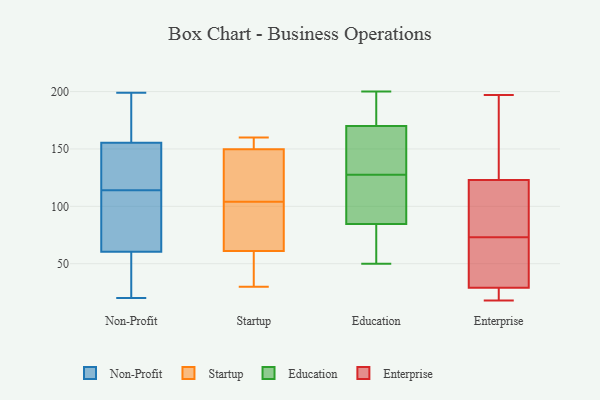
{"axis": {"x": "Bounce Rate (%)", "y": "Value"}, "legend": ["Education", "Enterprise", "Non-Profit", "Startup"], "data": [{"x": "", "y": 97, "type": "Non-Profit"}, {"x": "", "y": 133, "type": "Non-Profit"}, {"x": "", "y": 199, "type": "Non-Profit"}, {"x": "", "y": 134, "type": "Non-Profit"}, {"x": "", "y": 169, "type": "Non-Profit"}, {"x": "", "y": 181, "type": "Non-Profit"}, {"x": "", "y": 151, "type": "Non-Profit"}, {"x": "", "y": 20, "type": "Non-Profit"}, {"x": "", "y": 97, "type": "Non-Profit"}, {"x": "", "y": 187, "type": "Non-Profit"}, {"x": "", "y": 47, "type": "Non-Profit"}, {"x": "", "y": 114, "type": "Non-Profit"}, {"x": "", "y": 65, "type": "Non-Profit"}, {"x": "", "y": 80, "type": "Non-Profit"}, {"x": "", "y": 36, "type": "Non-Profit"}, {"x": "", "y": 126, "type": "Non-Profit"}, {"x": "", "y": 36, "type": "Non-Profit"}, {"x": "", "y": 107, "type": "Startup"}, {"x": "", "y": 39, "type": "Startup"}, {"x": "", "y": 151, "type": "Startup"}, {"x": "", "y": 158, "type": "Startup"}, {"x": "", "y": 79, "type": "Startup"}, {"x": "", "y": 160, "type": "Startup"}, {"x": "", "y": 55, "type": "Startup"}, {"x": "", "y": 97, "type": "Startup"}, {"x": "", "y": 146, "type": "Startup"}, {"x": "", "y": 104, "type": "Startup"}, {"x": "", "y": 30, "type": "Startup"}, {"x": "", "y": 167, "type": "Education"}, {"x": "", "y": 134, "type": "Education"}, {"x": "", "y": 54, "type": "Education"}, {"x": "", "y": 170, "type": "Education"}, {"x": "", "y": 121, "type": "Education"}, {"x": "", "y": 164, "type": "Education"}, {"x": "", "y": 193, "type": "Education"}, {"x": "", "y": 69, "type": "Education"}, {"x": "", "y": 50, "type": "Education"}, {"x": "", "y": 170, "type": "Education"}, {"x": "", "y": 172, "type": "Education"}, {"x": "", "y": 200, "type": "Education"}, {"x": "", "y": 105, "type": "Education"}, {"x": "", "y": 109, "type": "Education"}, {"x": "", "y": 70, "type": "Education"}, {"x": "", "y": 99, "type": "Education"}, {"x": "", "y": 123, "type": "Enterprise"}, {"x": "", "y": 178, "type": "Enterprise"}, {"x": "", "y": 75, "type": "Enterprise"}, {"x": "", "y": 29, "type": "Enterprise"}, {"x": "", "y": 71, "type": "Enterprise"}, {"x": "", "y": 28, "type": "Enterprise"}, {"x": "", "y": 39, "type": "Enterprise"}, {"x": "", "y": 116, "type": "Enterprise"}, {"x": "", "y": 197, "type": "Enterprise"}, {"x": "", "y": 18, "type": "Enterprise"}]}